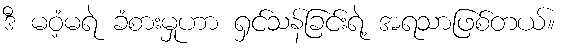
ဒီ မဝံ့မရဲ ခံစားမှုဟာ ရှင်သန်ခြင်းရဲ့ အရသာဖြစ်တယ်။